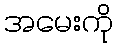
အမေးကို